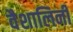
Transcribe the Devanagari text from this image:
वैशालिनी